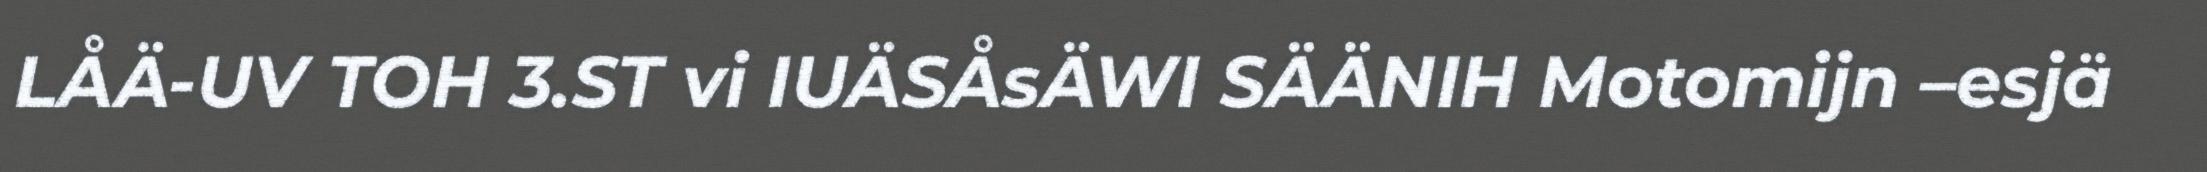
LÅÄ-UV TOH 3.ST vi IUÄSÅsÄWI SÄÄNIH Motomijn –esjä